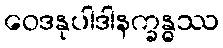
ဝေဒနုပါဒါနက္ခန္ဓဿ